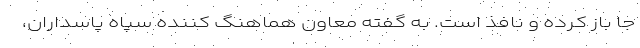
جا باز کرده و نافذ است. به گفته معاون هماهنگ کننده سپاه پاسداران،